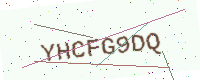
Text: YHCFG9DQ